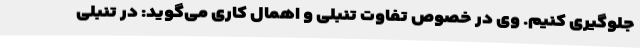
جلوگیری کنیم. وی در خصوص تفاوت تنبلی و اهمال کاری می‌گوید: در تنبلی